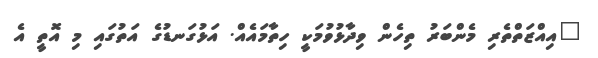
"އިއްޒަތްތެރި މެންބަރު ތިހެން ވިދާޅުވުމަކީ ހިތާމައެއް. އަޅުގަނޑުގެ އަތުގައި މި އޮތީ އެ